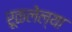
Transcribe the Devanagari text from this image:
रूळलेल्या